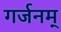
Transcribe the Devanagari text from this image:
गर्जनम्‌